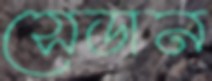
সেডান